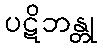
ပဋိဘန္တု